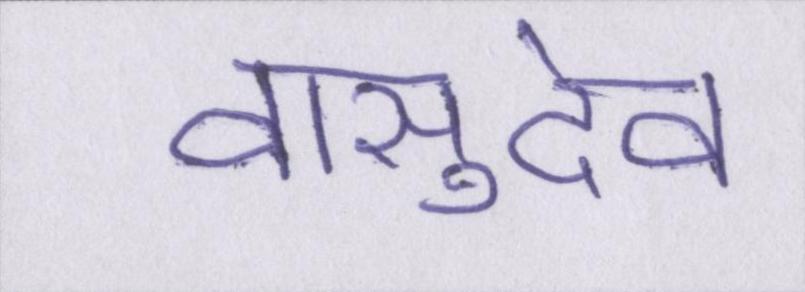
वासुदेव